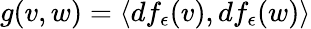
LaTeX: g(v,w)=\langle df_{\epsilon}(v),df_{\epsilon}(w)\rangle